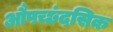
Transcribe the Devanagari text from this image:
औपच्छंदसिक